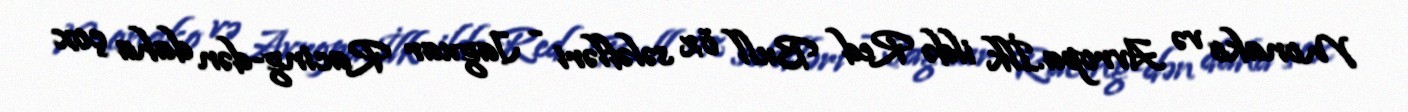
Monako və Avropa.İlk ildə Red Bull öz sələfləri - Jaguar Racing-dən daha çox